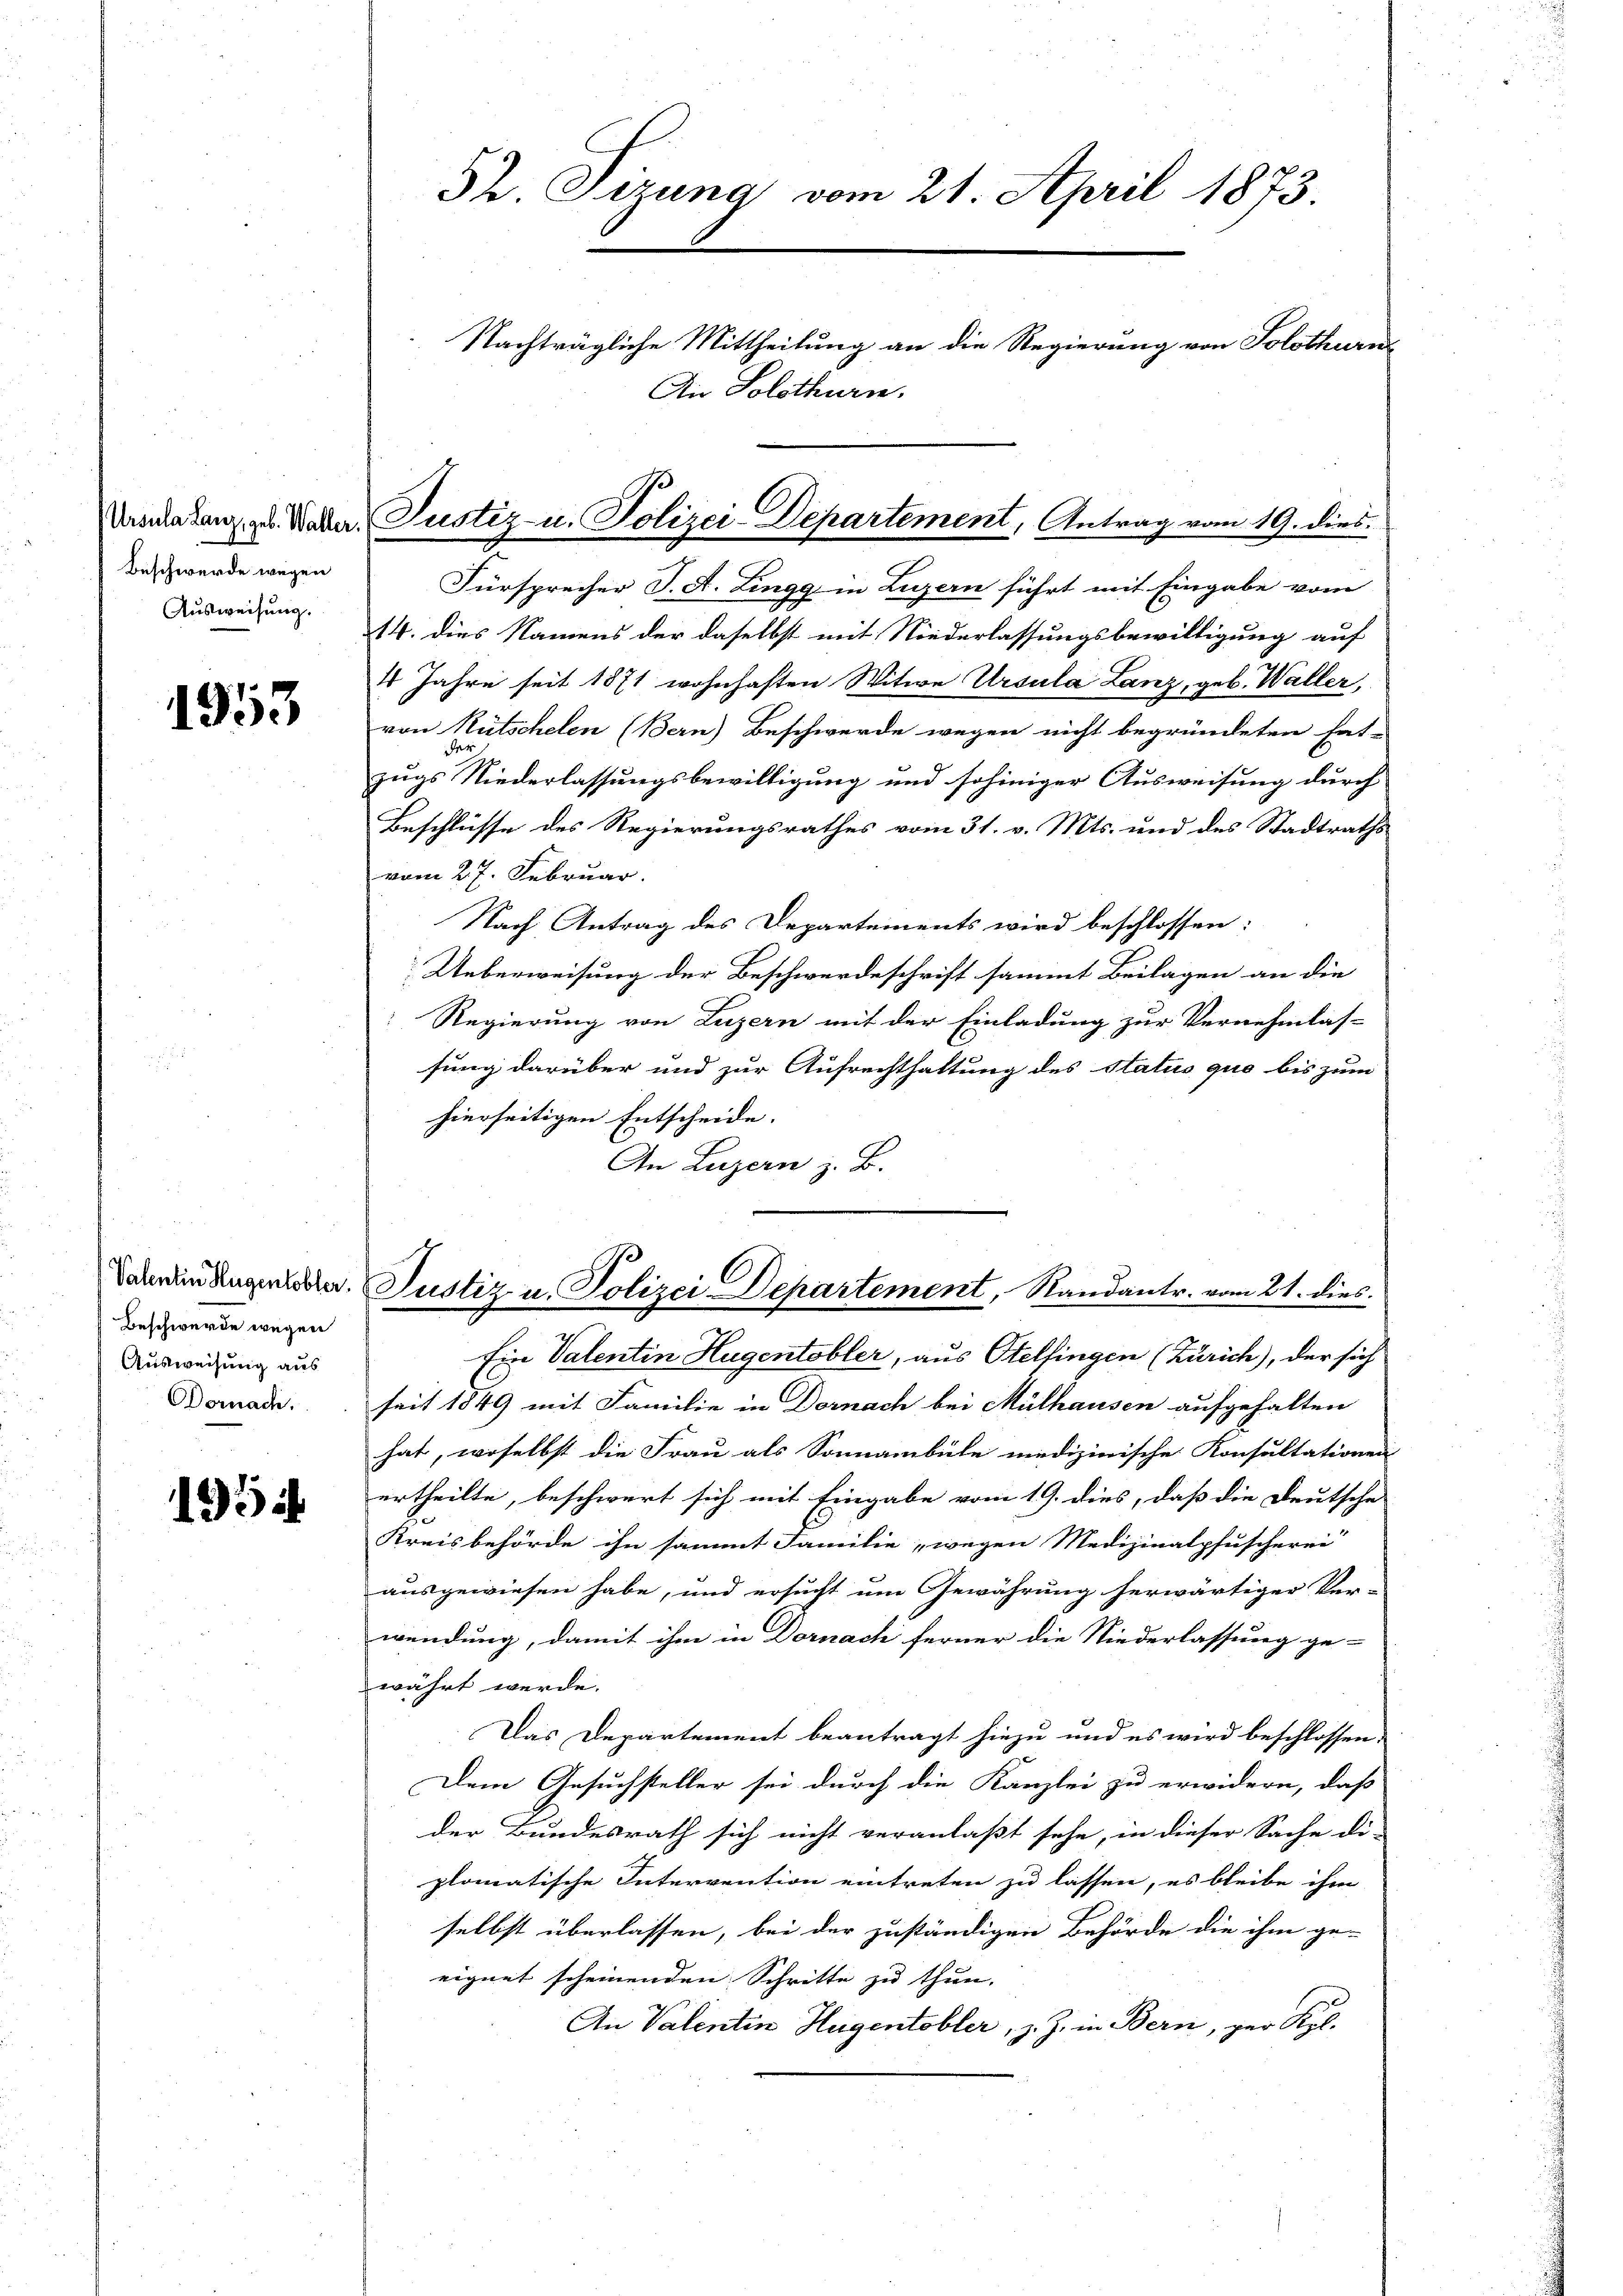
Beschwerde wegen
Ausweisung.

1953

Valentin Hugentobler.
Beschwerde wegen
Ausweisung aus
Dornach.

1954.

52. Tizung vom 21. April 1873.
Nachträgliche Mittheilung an die Regierung von Solothurn
An Solothurn.

Kometenz zu. Weder Justiz u. Polizei-Departement, Antrag vom 19. dies

Justiz u. Polizei Departement, Randantr. vom 21. dies

Fürsprecher J. A. Lingg in Luzern führt mit Eingabe vom
14. dies Namens der daselbst mit Niederlassungsbewilligung auf
4 Jahre seit 1871 wohnhaften Witwe Ursula Lanz, geb. Waller,
von Nütschelen (Bern) Beschwerde wegen nicht begründeten Ent-
Petr
zugs Niederlassungsbewilligung und sohiniger Ausweisung durch
Beschlüsse des Regierungsrathes vom 31. v. Mts. und des Stadtraths
vom 27. Februar.
Nach Antrag des Departements wird beschlossen:
Ueberweisung der Beschwerdeschrift sammt Beilagen an die
Regierung von Luzern mit der Einladung zur Vernehmlas-
sung darüber und zur Aufrechthaltung des status quo bis zum
hierseitigen Entscheide.
An Luzern z. B.

Ein Valentin Hugentobler, aus Otelfingen (Zürich), der sich
seit 1849 mit Familie in Dornach bei Mülhausen aufgehalten
hat, woselbst die Frau als Sonnambüle medizinische Konsultatione
ertheilte, beschwert sich mit Eingabe vom 19. dies, daß die Deutsche
Kreisbehörde ihn sammt Familie, wegen Medizinalpfuscherei
ausgewiesen habe, und ersucht um Gewährung herwärtiger Ver-
wendung, damit ihm in Dornach ferner die Niederlassung ge-
währt werde.
Das Departement beantragt hiezu und es wird beschlossen,
Dem Gesuchsteller sei durch die Kanzlei zu erwidern, daß
der Bundesrath sich nicht veranlaßt sehe, in dieser Sache di-
plomatische Intervention eintreten zu lassen, es bleibe ihm
selbst überlassen, bei der zuständigen Behörde die ihm ge-
eignet scheinenden Schritte zu thun.
An Valentin Hugentobler, z. Z. in Bern, zur Kgl.